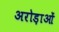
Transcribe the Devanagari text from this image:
अरोड़ाओं